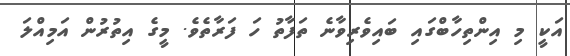
އަކީ މި އިންތިހާބްގައި ބައިވެރިވާނެ ތަފާތު ހަ ފަރާތެވެ. މީގެ އިތުރުން އަމިއްލަ